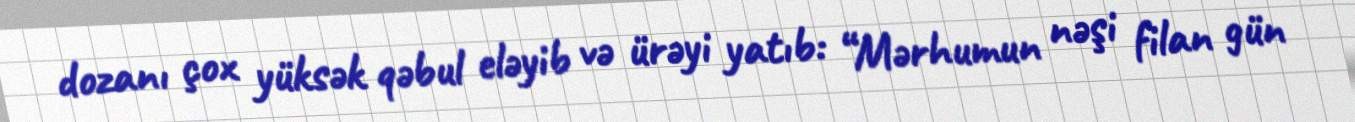
dozanı çox yüksək qəbul eləyib və ürəyi yatıb: “Mərhumun nəşi filan gün